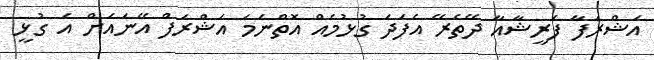
އަޝްރަފާ ފަރީޝާއާ ދޭތެރޭ އެފަދަ ގުޅުމެއް އޮތްނަމަ އަޝްރަފް އޭނައަށް އެ ގުޅީ